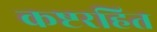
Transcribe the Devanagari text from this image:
कष्टरहित